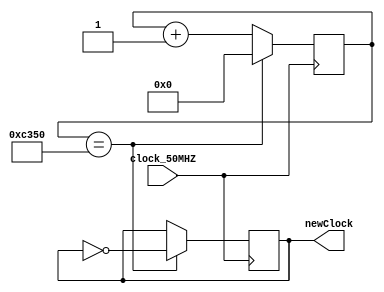

/*

@t4rcisio
2021
BR

*/




module display_Clock(clock_50MHZ,newClock);

//ENTRADAS E SAIDAS
input clock_50MHZ;
output newClock;


//VARIAVEIS AUXILIARES
reg [25:0]clock_time;
reg [25:0] counter;  
reg newClock_aux; 

//INICIALIZARAO DAS VARIAVEIS
initial counter = 0;
initial newClock_aux = 0;
initial clock_time = 26'hC350;

//SAIDA
assign newClock = newClock_aux;


always @(negedge clock_50MHZ )
	begin
		if(counter == clock_time) 
			begin
				counter = 0; 
				newClock_aux = !newClock_aux;
			end
		else
			begin
				counter = counter+1; 
			end
	end
endmodule